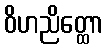
ဝိဟညိတ္ထော